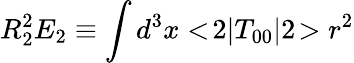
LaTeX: R_{2}^{2}E_{2}\equiv\int d^{3}x<\! 2|T_{00}|2\! >r^{2}